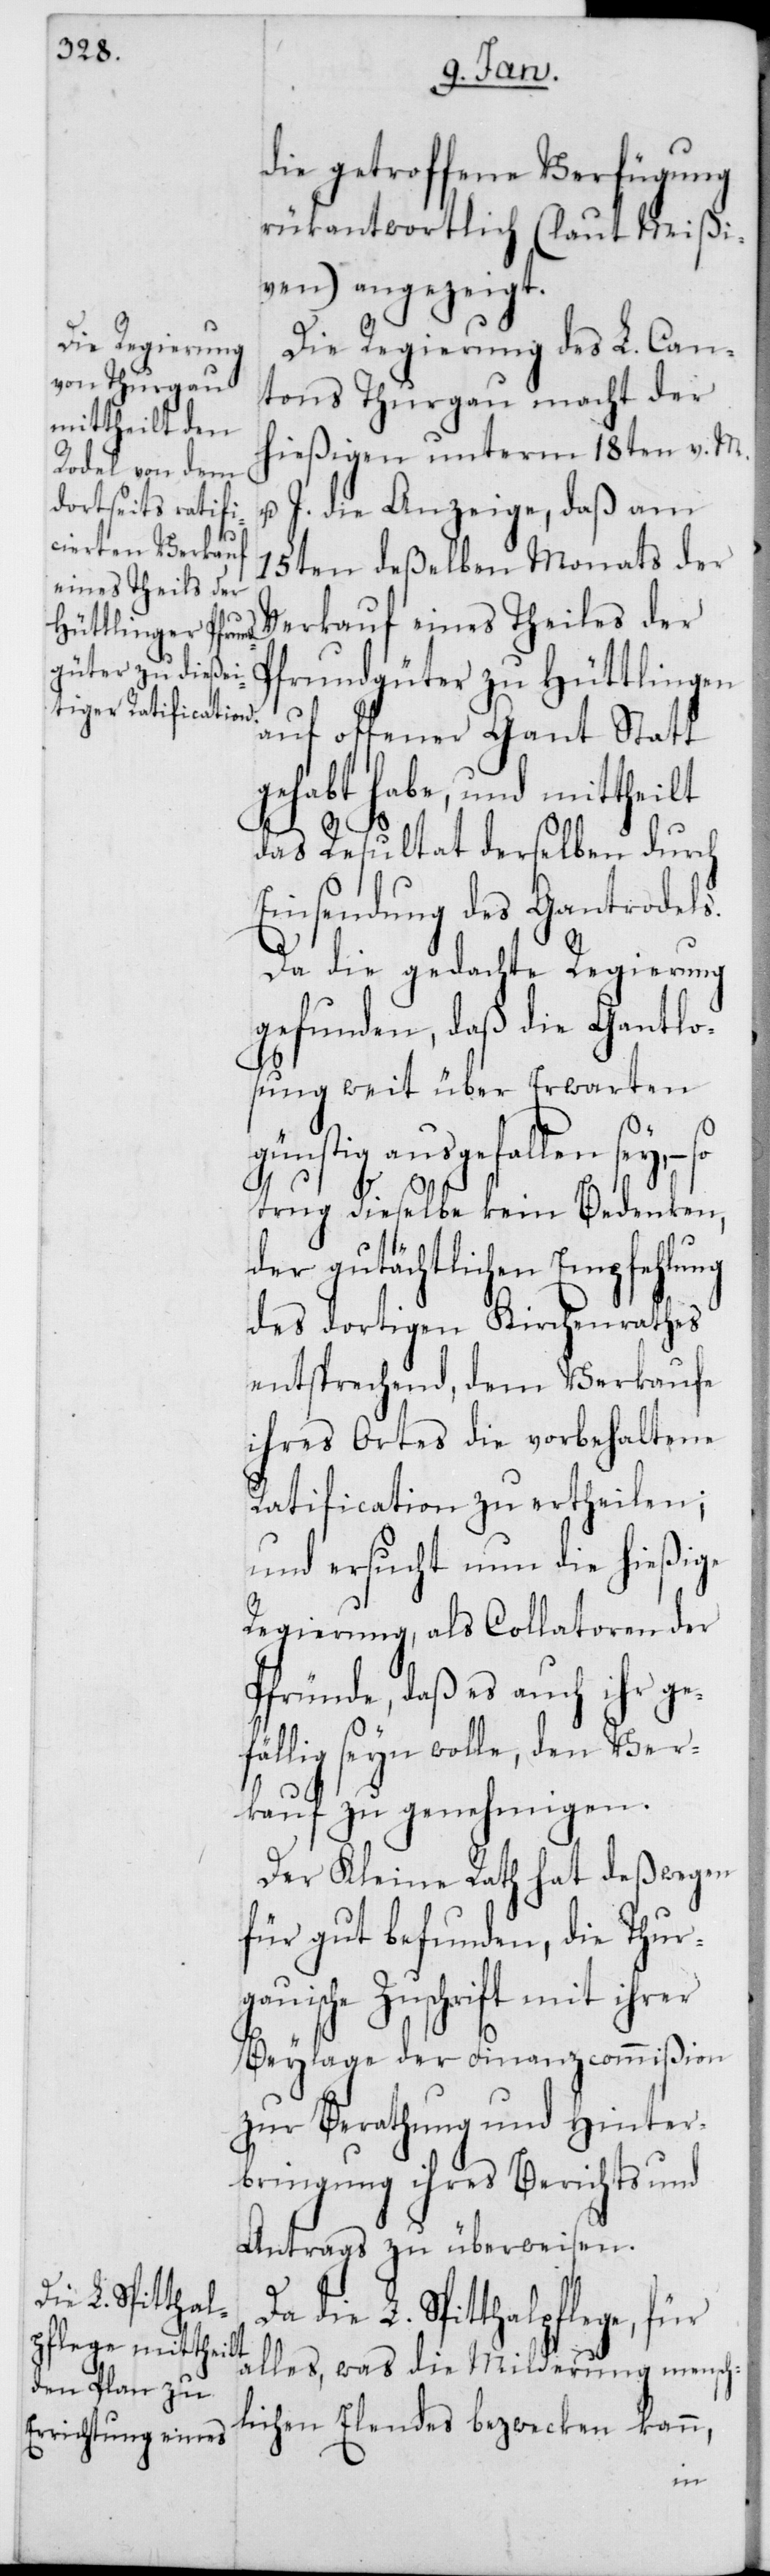
die getroffene Verfügung
rückantwortlich (laut Mißi¬
ven) angezeigt.
Die Regierung des L. Can¬
tons Thurgau macht der
hießigen unterm 18ten v. M.
u. J. die Anzeige, daß am
15ten deßelben Monats der
Verkauf eines Theiles der
Pfrundgüter zu Hüttlingen
auf offener Gant Statt
gehabt habe, und mittheilt
das Resultat derselben durch
Einsendung des Gantrodels.
Da die gedachte Regierung
gefunden, daß die Gantlo¬
sung weit über Erwarten
günstig ausgefallen sey, –
trug dieselbe kein Bedenken,
der gutächtlichen Empfehlung
des dortigen Kirchenrathes
entsprechend, dem Verkaufe
ihres Ortes die vorbehaltene
Ratification zu ertheilen;
und ersucht nun die hießige
Regierung, als Collatoren der
Pfründe, daß es auch ihr ge¬
fällig seyn wolle, den Ver¬
kauf zu genehmigen.
Der Kleine Rath hat deßwegen
für gut befunden, die Thur¬
gauische Zuschrift mit ihrer
Beylage der Finanzcommißion
zur Berathung und Hinter¬
bringung ihres Berichts und
Antrags zu überweisen.
Da die L. Spitalpflege, für
lles, was die Milderung mensch¬
lichen Elendes bezwecken kann,
a¬